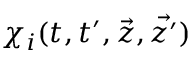
\chi _ { i } ( t , t ^ { \prime } , \vec { z } , \vec { z ^ { \prime } } )